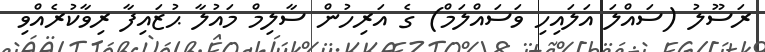
ރަސޫލު (ސައްލަ އަލައިހި ވަސައްލަމް) ގެ އަރިހުން ސާލިމް މައުލާ ޙުޒައިފާ ރިވާކުރެއްވި